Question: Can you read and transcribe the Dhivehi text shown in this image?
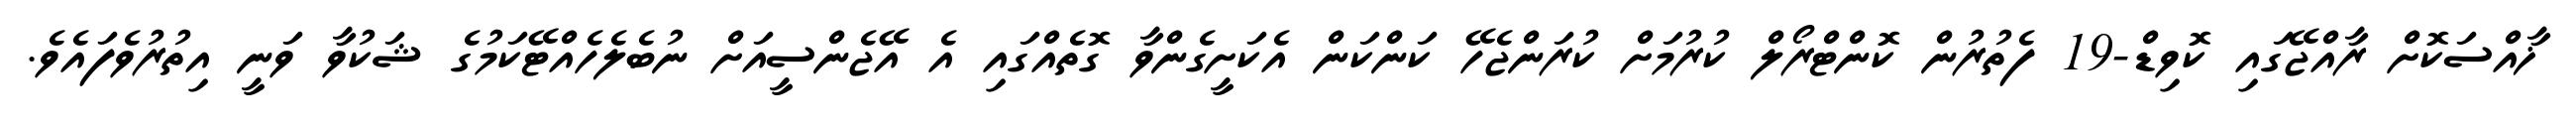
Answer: ޚާއްސަކޮށް ރާއްޖޭގައި ކޮވިޑް-19 ފެތުރުން ކޮންޓްރޯލް ކުރުމަށް ކުރަންޖެހޭ ކަންކަން އެކަށީގެންވާ ގޮތެއްގައި އެ އޭޖެންސީއަށް ނުބެލެހެއްޓޭކަމުގެ ޝަކުވާ ވަނީ އިތުރުވެފައެވެ.